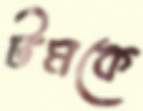
টমকে